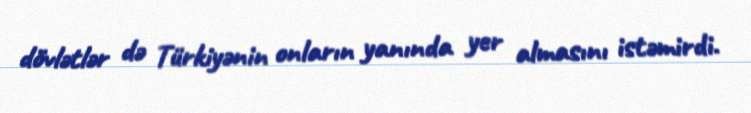
dövlətlər də Türkiyənin onların yanında yer almasını istəmirdi.